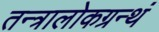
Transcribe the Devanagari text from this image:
तन्त्रालोकग्रन्थं